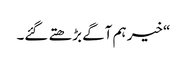
“ خیر ہم آگے بڑھتے گئے۔